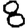
Digit: 8